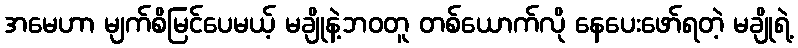
အမေဟာ မျက်စိမြင်ပေမယ့် မချိုနဲ့ဘဝတူ တစ်ယောက်လို နေပေးဖော်ရတဲ့ မချိုရဲ့